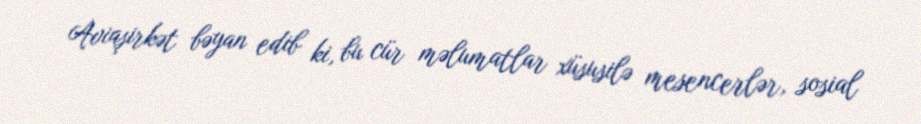
Aviaşirkət bəyan edib ki, bu cür məlumatlar xüsusilə mesencerlər, sosial